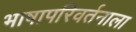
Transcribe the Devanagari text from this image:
भाषापरिवर्तनाला